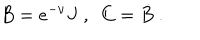
B = e ^ { - \nu } J \ , \ \ C = \dot { B } \ .